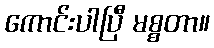
ကောင်းပါပြီ မစ္စတာ။